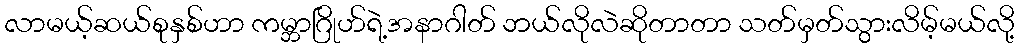
လာမယ့်ဆယ်စုနှစ်ဟာ ကမ္ဘာဂြိုဟ်ရဲ့အနာဂါတ် ဘယ်လိုလဲဆိုတာတာ သတ်မှတ်သွားလိမ့်မယ်လို့